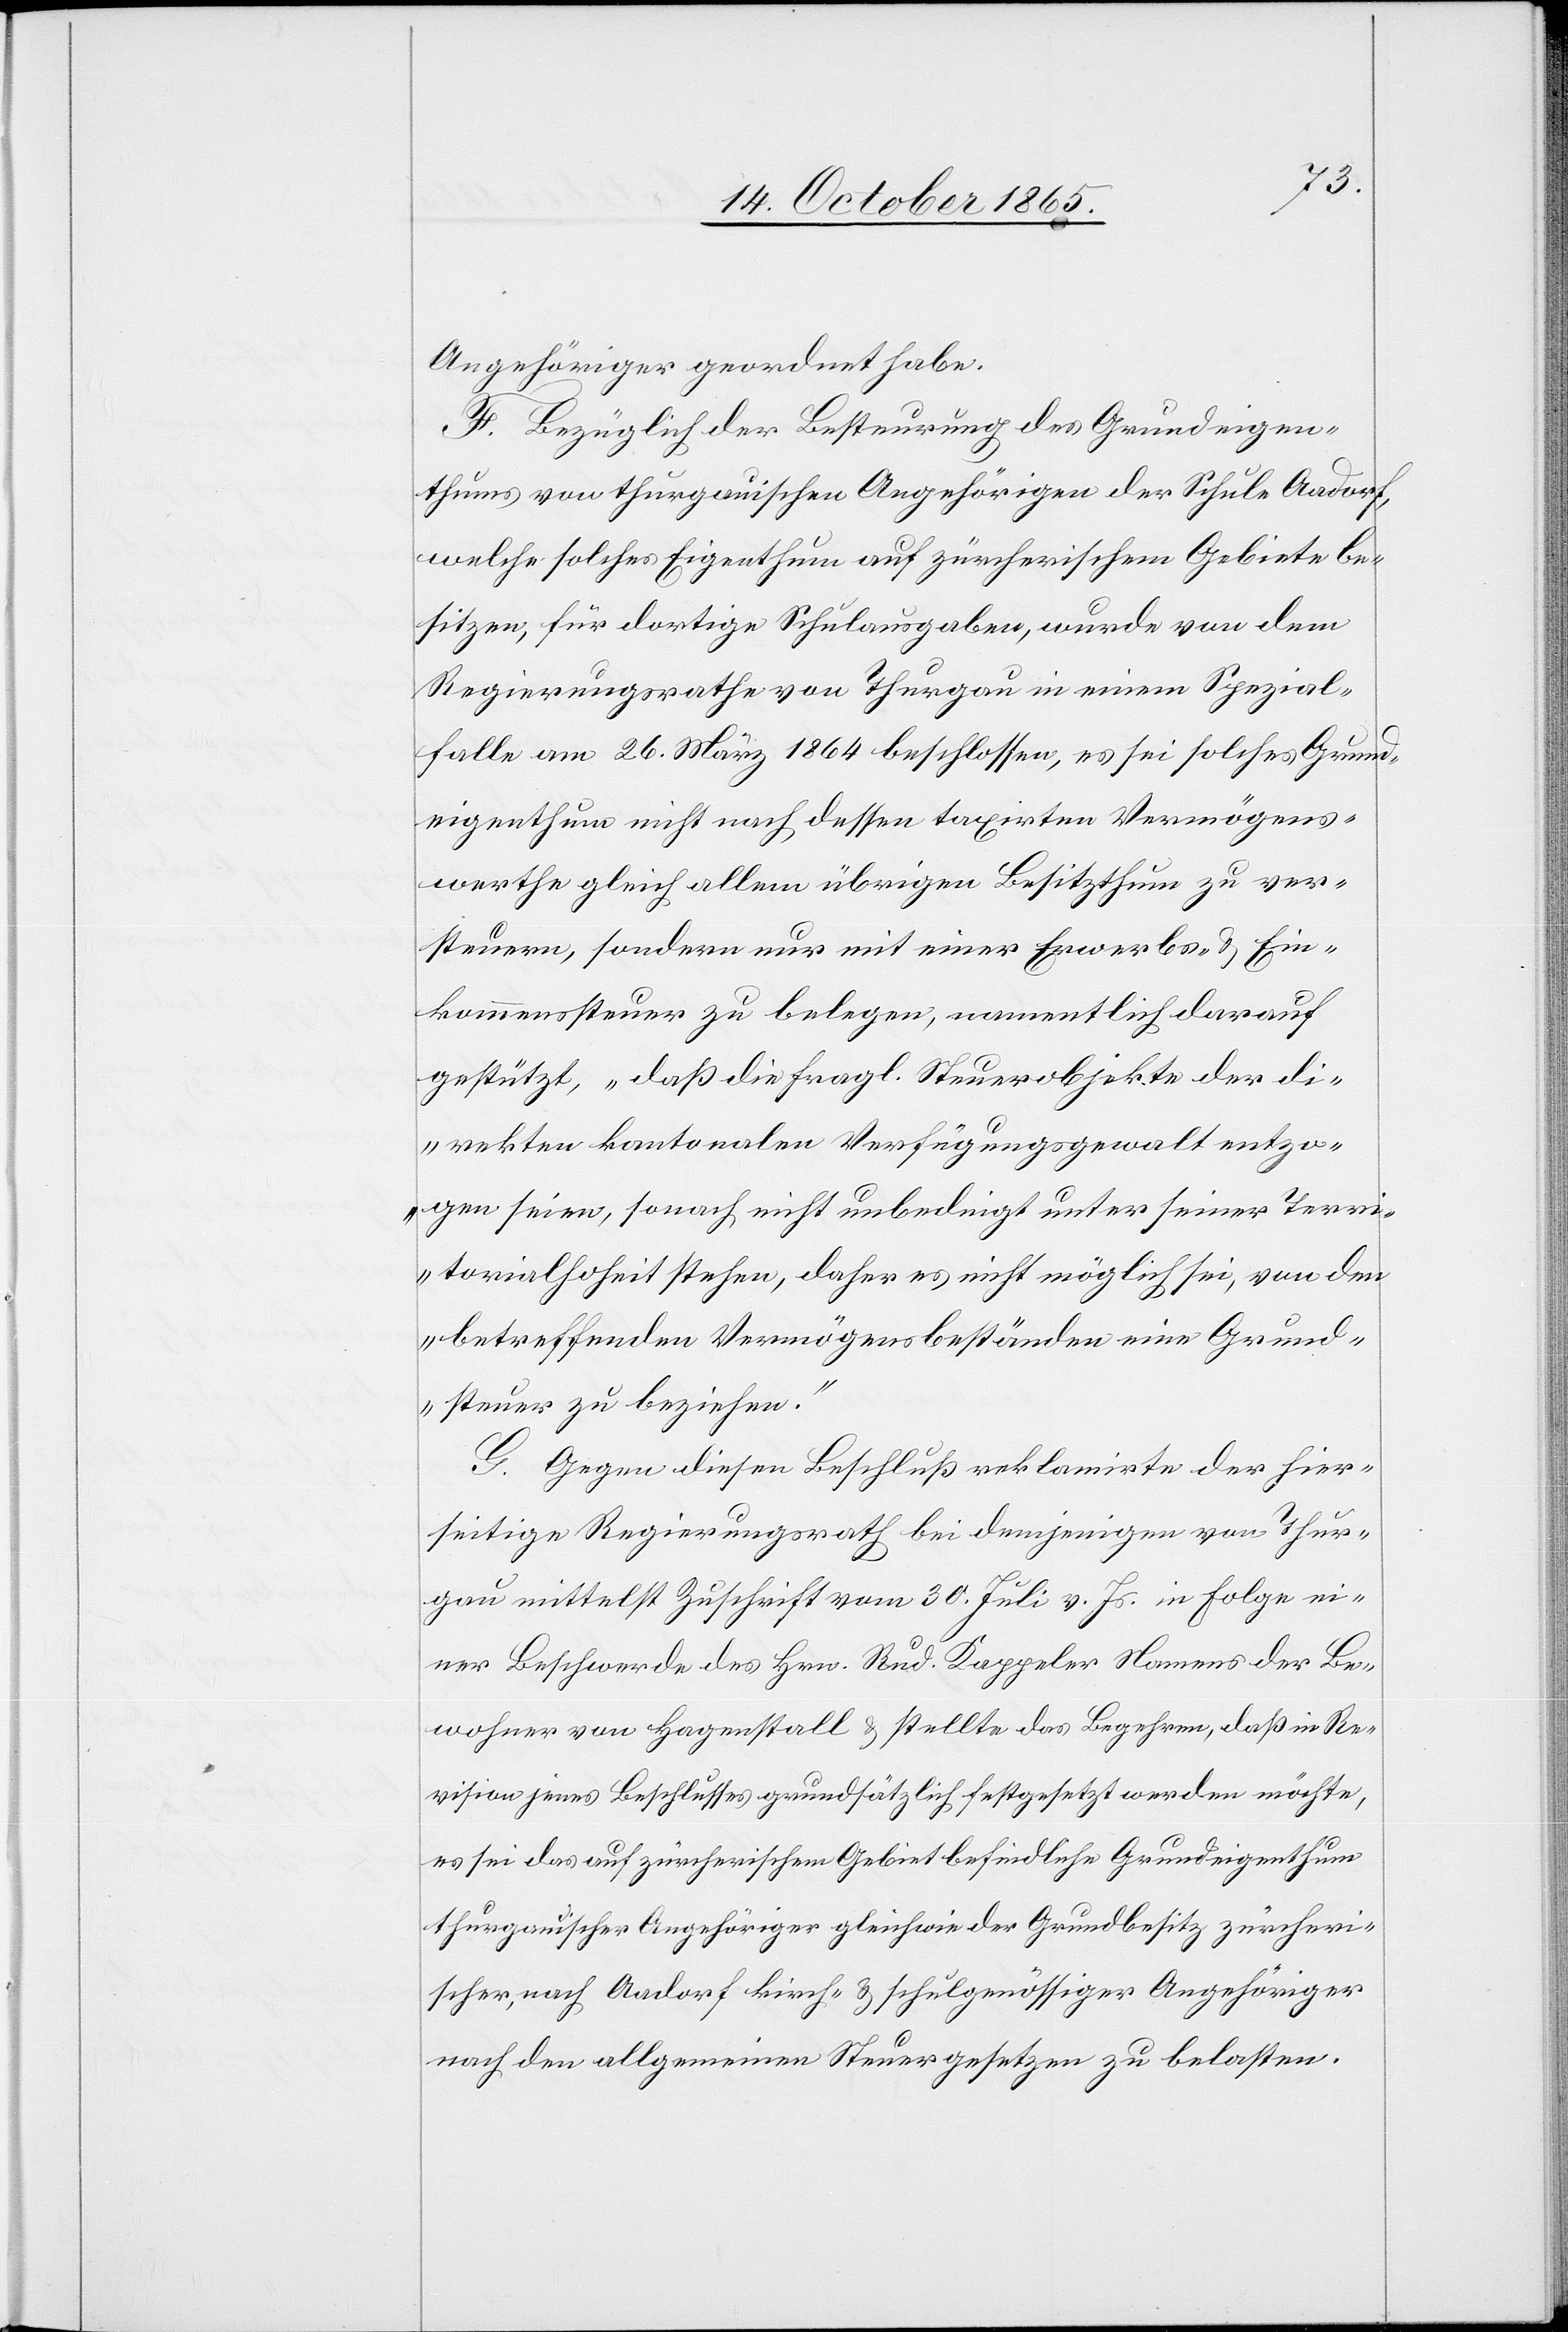
Angehöriger geordnet habe.
F. Bezüglich der Besteurung des Grundeigen¬
thums von thurgauischen Angehörigen der Schule Aadorf,
welche solches Eigenthum auf zürcherischem Gebiete be¬
sitzen, für dortige Schulausgaben, wurde von dem
Regierungsrathe von Thurgau in einem Spezial¬
falle am 26. März 1864 beschlossen, es sei solches Grund¬
eigenthum nicht nach dessen taxirten Vermögens¬
werthe gleich allem übrigen Besitzthum zu ver¬
steuern, sondern nur mit einer Erwerbs- & Ein¬
kommenssteuer zu belegen, namentlich darauf
gestützt, „daß die fragl. Steuerobjekte der di¬
rekten kantonalen Verfügungsgewalt entzo¬
gen seien, sonach nicht unbedingt unter seiner Terri¬
torialhoheit stehen, daher es nicht möglich sei, von den
betreffenden Vermögensbeständen eine Grund¬
steuer zu beziehen.“
G. Gegen diesen Beschluß reklamirte der hier¬
seitige Regierungsrath bei demjenigen von Thur¬
gau mittelst Zuschrift vom 30. Juli v. Js. in Folge ei¬
ner Beschwerde des Hrn. Rud. Kappeler Namens der Be¬
wohner von Hagenstall & stellte das Begehren, daß in Re¬
vision jenes Beschlusses grundsätzlich festgesetzt werden möchte,
es sei das auf zürcherischem Gebiet befindliche Grundeigenthum
thurgauischer Angehöriger gleichwie der Grundbesitz zürcheri¬
scher, nach Aadorf kirch- & schulgenössiger Angehöriger
nach den allgemeinen Steuergesetzen zu belasten.